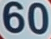
60